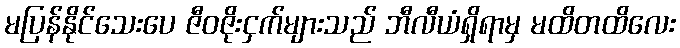
မပြန်နိုင်သေးပေ ဇီဝဇိုးငှက်များသည် ဘီလီယံရှိရာမှ မထိတထိလေး